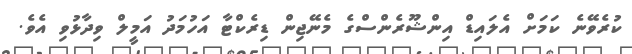
ކުރެވޭނެ ކަަމަށް އެލައިޑް އިންޝޫރެންސްގެ މެނޭޖިން ޑިރެކްޓާ އަހުމަދު އަމީލް ވިދާޅުވި އެވެ.